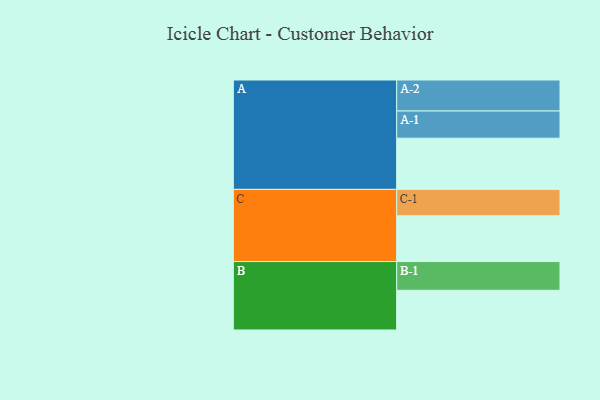
{"axis": {"x": "Segment", "y": "Value"}, "legend": ["", "A", "B", "C"], "data": [{"x": "A", "y": 454, "type": ""}, {"x": "B", "y": 352, "type": ""}, {"x": "C", "y": 406, "type": ""}, {"x": "A-1", "y": 241, "type": "A"}, {"x": "A-2", "y": 275, "type": "A"}, {"x": "B-1", "y": 255, "type": "B"}, {"x": "C-1", "y": 234, "type": "C"}]}